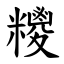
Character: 糭